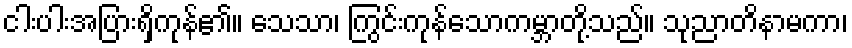
ငါးပါးအပြားရှိကုန်၏။ သေသာ၊ ကြွင်းကုန်သောကမ္ဘာတို့သည်။ သုညာတိနာမကာ၊